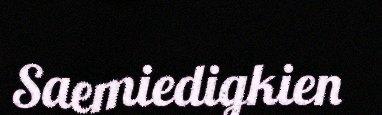
Saemiedigkien